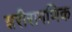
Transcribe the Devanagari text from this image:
शरीरागणिक